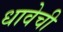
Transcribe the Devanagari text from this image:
धावेची